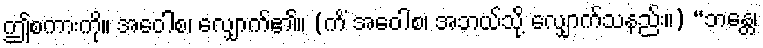
ဤစကားကို။ အဝေါစ၊ လျှောက်၏။ (ကိံ အဝေါစ၊ အဘယ်သို့ လျှောက်သနည်း။) “ဘန္တေ၊